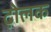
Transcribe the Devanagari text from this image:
ढ़ोलक